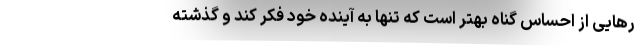
رهایی از احساس گناه بهتر است که تنها به آینده خود فکر کند و گذشته